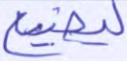
ليضيع